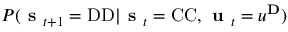
P ( \textbf { s } _ { t + 1 } = \mathrm { D D } | \textbf { s } _ { t } = \mathrm { C C } , \textbf { u } _ { t } = u ^ { \mathbf { D } } )